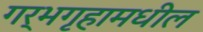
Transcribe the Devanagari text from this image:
गर्भगृहामधील